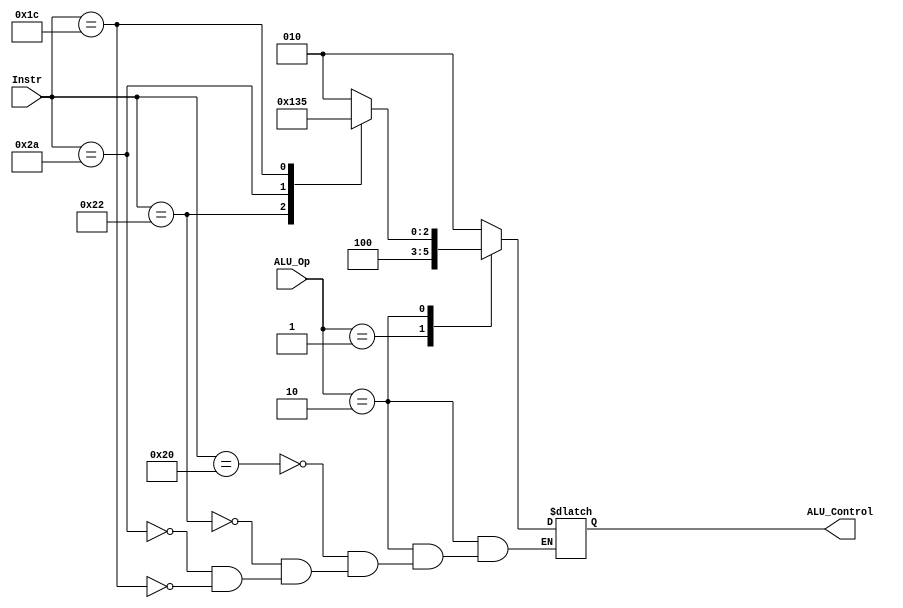
module ALU_Decoder(

input    wire   [5:0]  Instr,
input    wire   [1:0]  ALU_Op,
output   reg    [2:0]  ALU_Control

);

always@(*)

begin

case(ALU_Op)

2'b00: ALU_Control=3'b010;
2'b01: ALU_Control=3'b100;
2'b10: 
begin

case(Instr)

6'b100000: ALU_Control=3'b010;
6'b100010: ALU_Control=3'b100;
6'b101010: ALU_Control=3'b110;
6'b011100: ALU_Control=3'b101;  

endcase

end

default: ALU_Control=3'b010;

endcase

end

endmodule